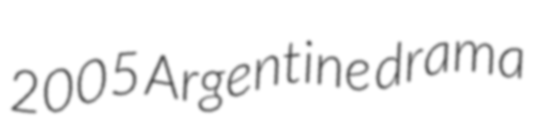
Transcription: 2005 Argentine drama